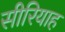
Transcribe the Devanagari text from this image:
सीरियाह